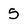
Character: 5